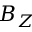
B _ { Z }